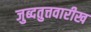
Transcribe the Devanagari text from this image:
जुब्दतुत्तवारीख